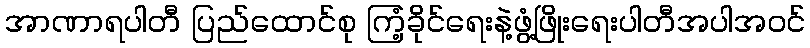
အာဏာရပါတီ ပြည်ထောင်စု ကြံ့ခိုင်ရေးနဲ့ဖွံ့ဖြိုးရေးပါတီအပါအဝင်